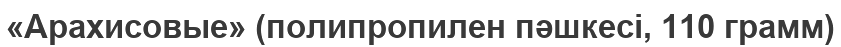
«Арахисовые» (полипропилен пәшкесі, 110 грамм)